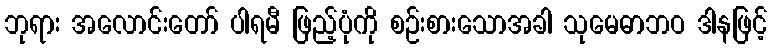
ဘုရား အလောင်းတော် ပါရမီ ဖြည့်ပုံကို စဉ်းစားသောအခါ သုမေဓာဘဝ ဒါနဖြင့်